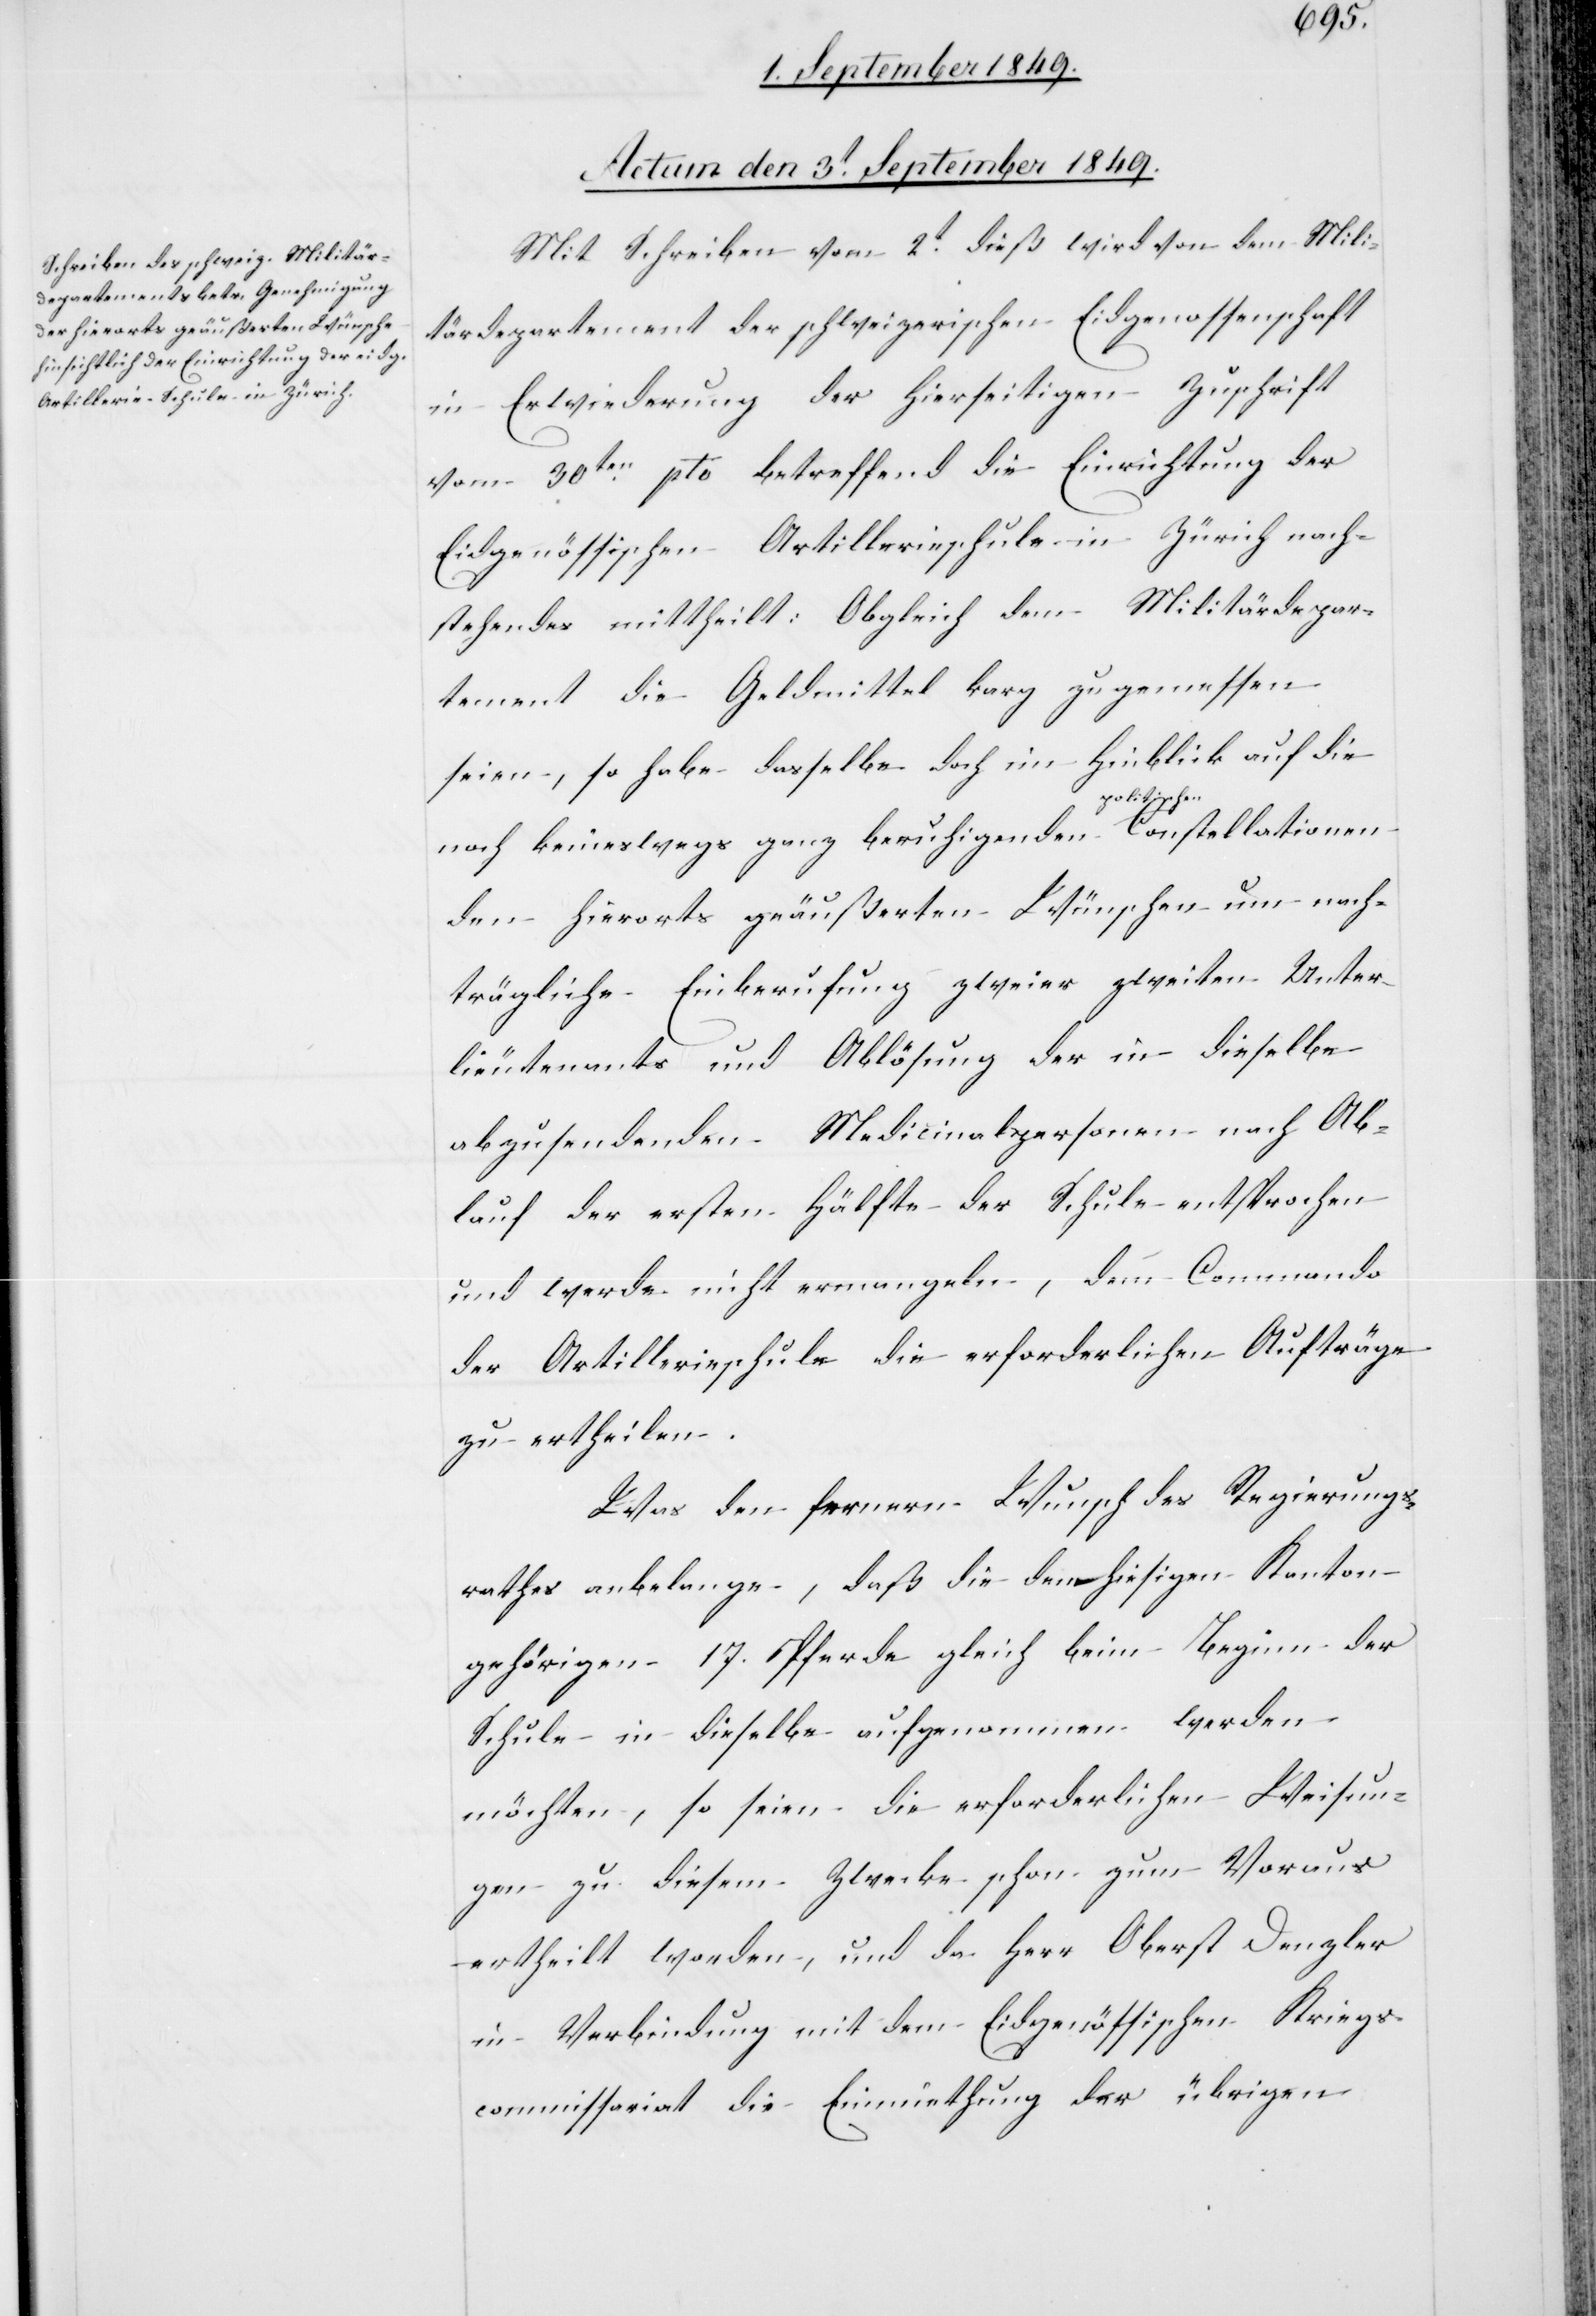
Actum den 3t September 1849.
Mit Schreiben vom 2t dieß wird von dem Mili¬
tärdepartement der schweizerischen Eidgenossenschaft
in Erwiederung der hierseitigen Zuschrift
vom 30ten pto betreffend die Einrichtung der
Eidgenössischen Artillerieschule in Zürich nach¬
stehendes mit[ge]theilt: Obgleich dem Militärdepar¬
tement die Geldmittel karg zugemessen
seien, so habe dasselbe doch im Hinblick auf die
noch keineswegs ganz beruhigenden a-politischen-a
den hierorts geäußerten Wünschen um nach¬
trägliche Einberufung zweier zweiten Unter¬
lieutenants und Ablösung der in dieselbe
abzusendenden Medicinalpersonen nach Ab¬
lauf der ersten Hälfte der Schule entsprochen
und werde nicht ermangeln, dem Commando
der Artillerieschule die erforderlichen Aufträge
zu ertheilen.
Was den fernern Wunsch des Regierungs¬
rathes anbelange, daß die dem hiesigen Kanton
gehörigen 17. Pferde gleich beim Beginn der
Schule in dieselbe aufgenommen werden
möchten, so seien die erforderlichen Weisun¬
gen zu diesem Zwecke schon zum Voraus
ertheilt worden, und da Herr Oberst Denzler
in Verbindung mit dem Eidgenössischen Kriegs¬
commissariat die Einmiethung der übrigen